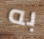
به